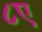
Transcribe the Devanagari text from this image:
८ए